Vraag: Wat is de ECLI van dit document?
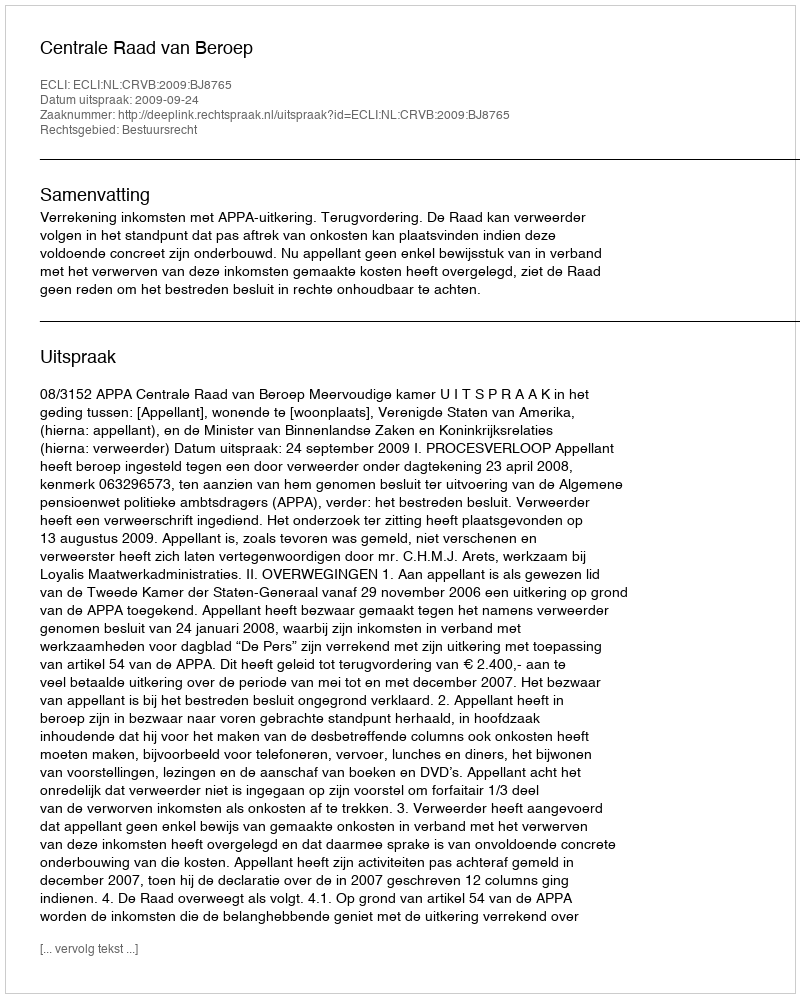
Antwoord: ECLI:NL:CRVB:2009:BJ8765